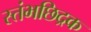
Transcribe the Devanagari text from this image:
स्तंभछिद्रक